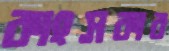
কাংসকার